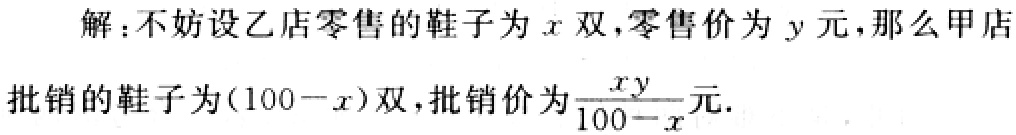
解：不妨设乙店零售的鞋子为\(x\)双，零售价为\(y\)元，那么甲店批销的鞋子为\((100 - x)\)双，批销价为\(\frac{xy}{100 - x}\)元.